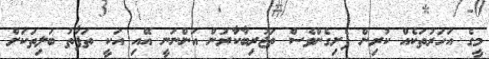
މީގެ އަހަރުތަކެއް ކުރިން ފެށިގެންވެސް ތަޖުރިބާކާރުން އަންނަނީ އޭއި އަކީ ތަފާތު ބަލިތަކަށް